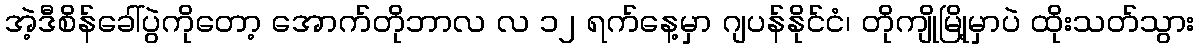
အဲ့ဒီစိန်ခေါ်ပွဲကိုတော့ အောက်တိုဘာလ လ ၁၂ ရက်နေ့မှာ ဂျပန်နိုင်ငံ၊ တိုကျိုမြို့မှာပဲ ထိုးသတ်သွား